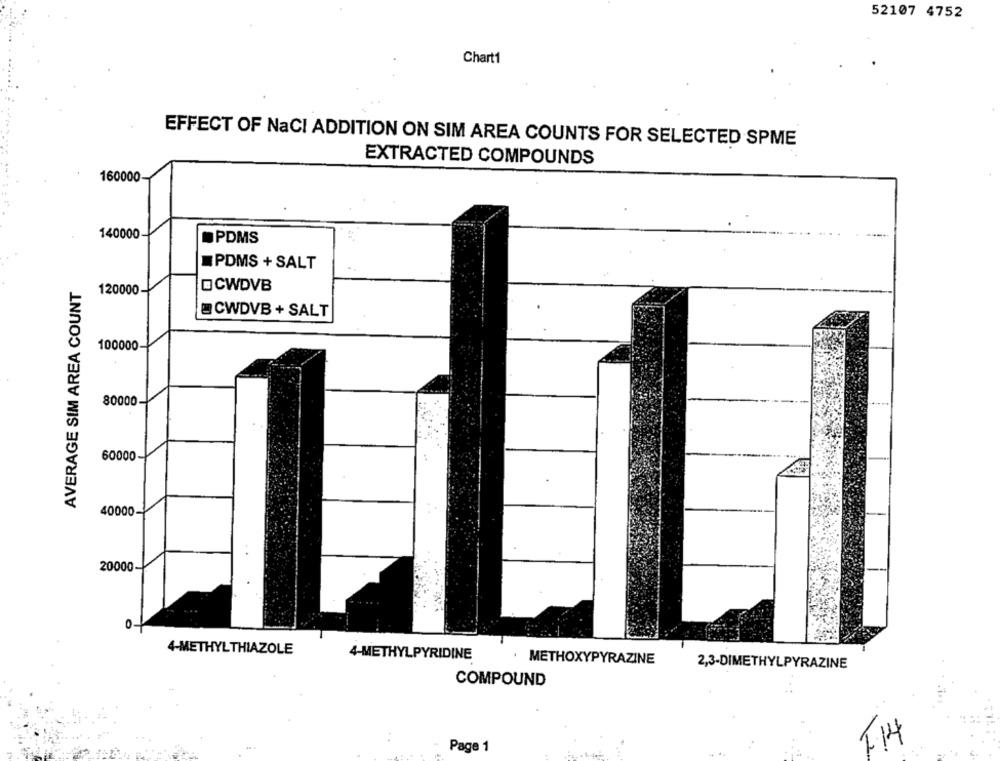
52107 4752
Chart1
EFFECT OF NaCI ADDITION ON SIM AREA COUNTS FOR SELECTED SPME
EXTRACTED COMPOUNDS
160000
140000
PDMS
PDMS + SALT
AVERAGE SIM AREA COUNT
120000-
OCWDVB
CWDVB + SALT
100000-
80000
60000-
40000-
20000
0-
4-METHYLTHIAZOLE
4-METHYLPYRIDINE
METHOXYPYRAZINE
2,3-DIMETHYLPYRAZINE
COMPOUND
. .
F14
Page 1